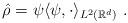
LaTeX: \begin{align*}\hat \rho=\psi\langle \psi,\cdot \rangle_{L^2(\mathbb{R}^d)} \ .\end{align*}